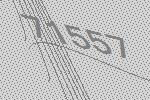
71557